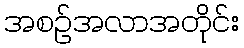
အစဉ်အလာအတိုင်း